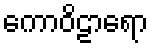
ကောဝိဠာရော